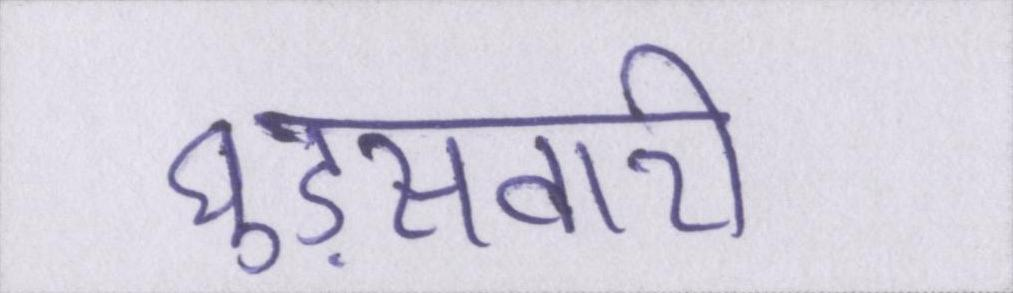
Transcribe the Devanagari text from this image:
घुड़सवारी